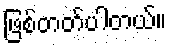
ဖြစ်တတ်ပါတယ်။